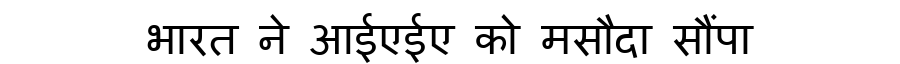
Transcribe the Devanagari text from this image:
भारत ने आईएईए को मसौदा सौंपा